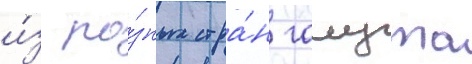
и́з ра́зных стра́н галута